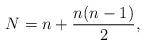
LaTeX: \begin{align*}N = n+\frac{n(n-1)}{2},\end{align*}